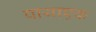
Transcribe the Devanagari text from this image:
पायाएक